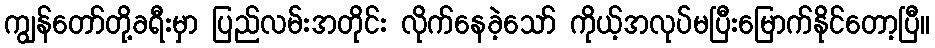
ကျွန်တော်တို့ခရီးမှာ ပြည်လမ်းအတိုင်း လိုက်နေခဲ့သော် ကိုယ့်အလုပ်မပြီးမြောက်နိုင်တော့ပြီ။